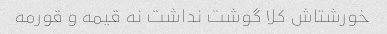
خورشتاش کلا گوشت نداشت نه قیمه و قورمه